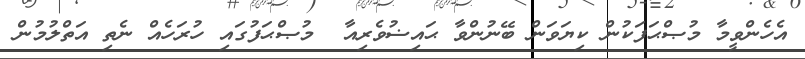
އެހެންވީމާ މުޞްޙަފަކުން ކިޔަވަން ބޭނުންވާ ޙައިޟުވެރިއާ  މުޞްޙަފުގައި ހުރަހެއް ނެތި އަތްލުމުން